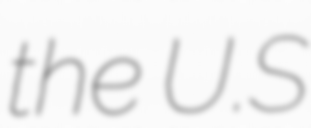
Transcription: the U.S